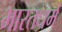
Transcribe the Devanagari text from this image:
भारतधर्म